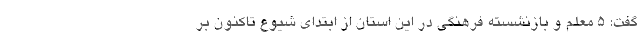
گفت: 5 معلم و بازنشسته فرهنگی در این استان از ابتدای شیوع تاکنون بر